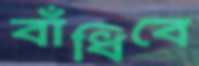
বাঁধিবে